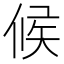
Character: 候